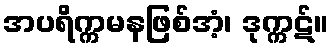
အပရိက္ကမနဖြစ်အံ့၊ ဒုက္ကဋ်။